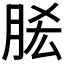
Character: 𰮠